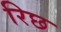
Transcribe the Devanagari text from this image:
रिछ